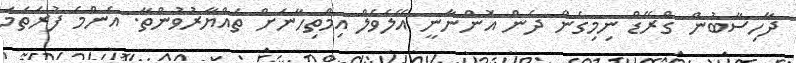
ދާހިސާބުން ގްރޭޑް ނިމިގެން ދެން އޮންނާނީ އޭލެވެލް އިމްތިހާނަށް ތައްޔާރުވުންތާ. އެންމެ ފުރަތަމަ